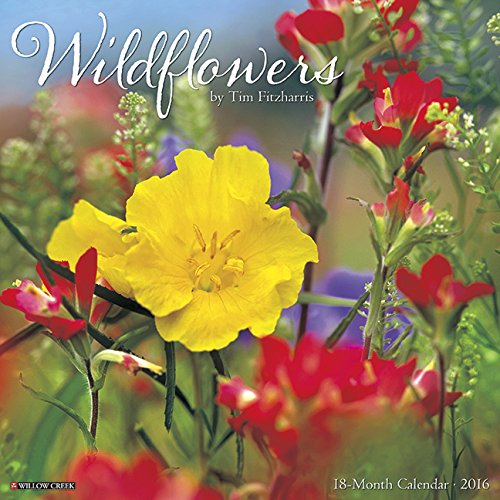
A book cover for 2016 Wildflowers Wall Calendar; Willow Creek Press; Calendars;